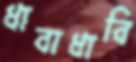
ধাবাধাবি